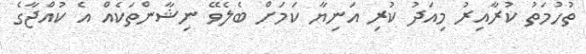
ތުހުމަތު ކުރާއިރު މިއަދު ކުރި އަނިޔާ ކަމަށް ބެލެވޭ ނިޝާންތަކެއް އެ ކުއްޖާގެ